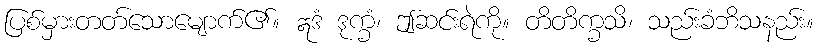
ပြစ်မှားတတ်သောမျောက်၏။ ဣဒံ ဒုက္ခံ၊ ဤဆင်းရဲကို။ တိတိက္ခသိ၊ သည်းခံဘိသနည်း။